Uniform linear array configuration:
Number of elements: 12
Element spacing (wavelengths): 0.25
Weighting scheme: binomial
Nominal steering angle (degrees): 0
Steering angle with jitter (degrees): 0.1135
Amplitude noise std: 0.05
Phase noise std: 0.05

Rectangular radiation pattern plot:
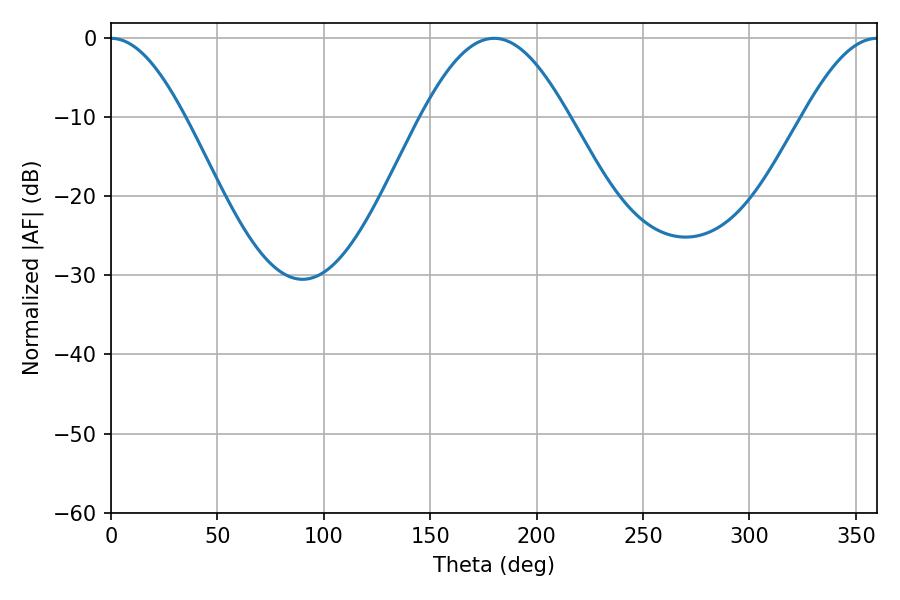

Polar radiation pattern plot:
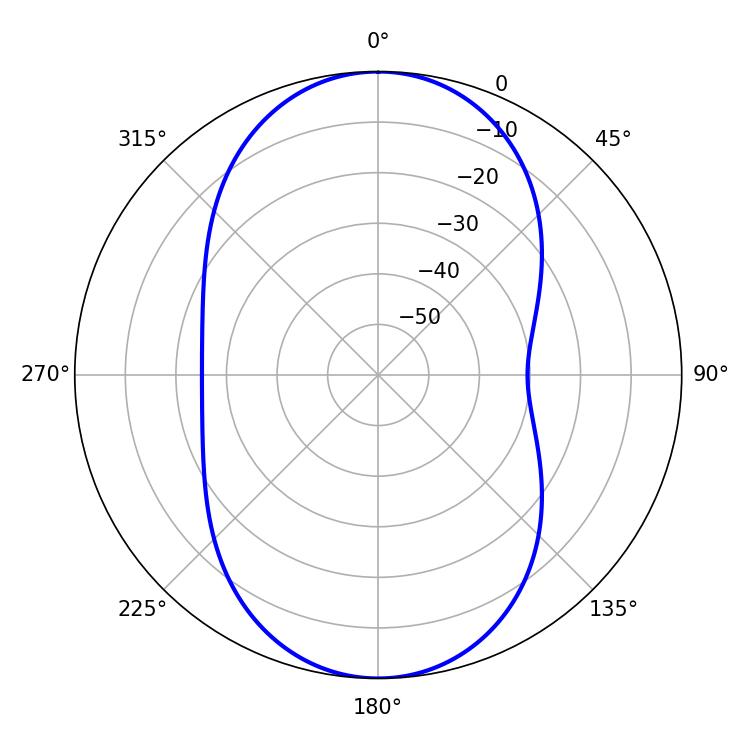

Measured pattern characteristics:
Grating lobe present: FALSE
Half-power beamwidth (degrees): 18.54
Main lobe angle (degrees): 0